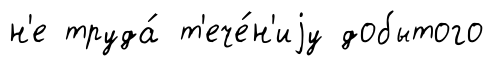
н'е труда́ т'ече́н'иjу добытого